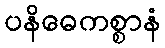
ပနိဓေကစ္စာနံ